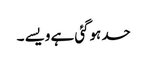
حد ہوگئی ہے ویسے ۔